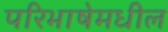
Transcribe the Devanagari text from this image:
परिभाषेमधील